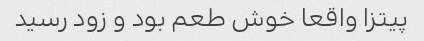
پیتزا واقعا خوش طعم بود و زود رسید